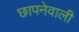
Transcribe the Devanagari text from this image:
छापनेवाली